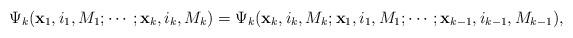
\begin{align*}\Psi_k({\bf x}_1,i_1,M_1;\cdots;{\bf x}_k,i_k,M_k)=\Psi_k({\bf x}_k,i_k,M_k;{\bf x}_1,i_1,M_1;\cdots;{\bf x}_{k-1},i_{k-1},M_{k-1}),\end{align*}